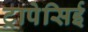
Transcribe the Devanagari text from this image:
ट्रापेसिई